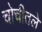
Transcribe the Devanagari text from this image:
चोचीतले